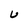
Character: U